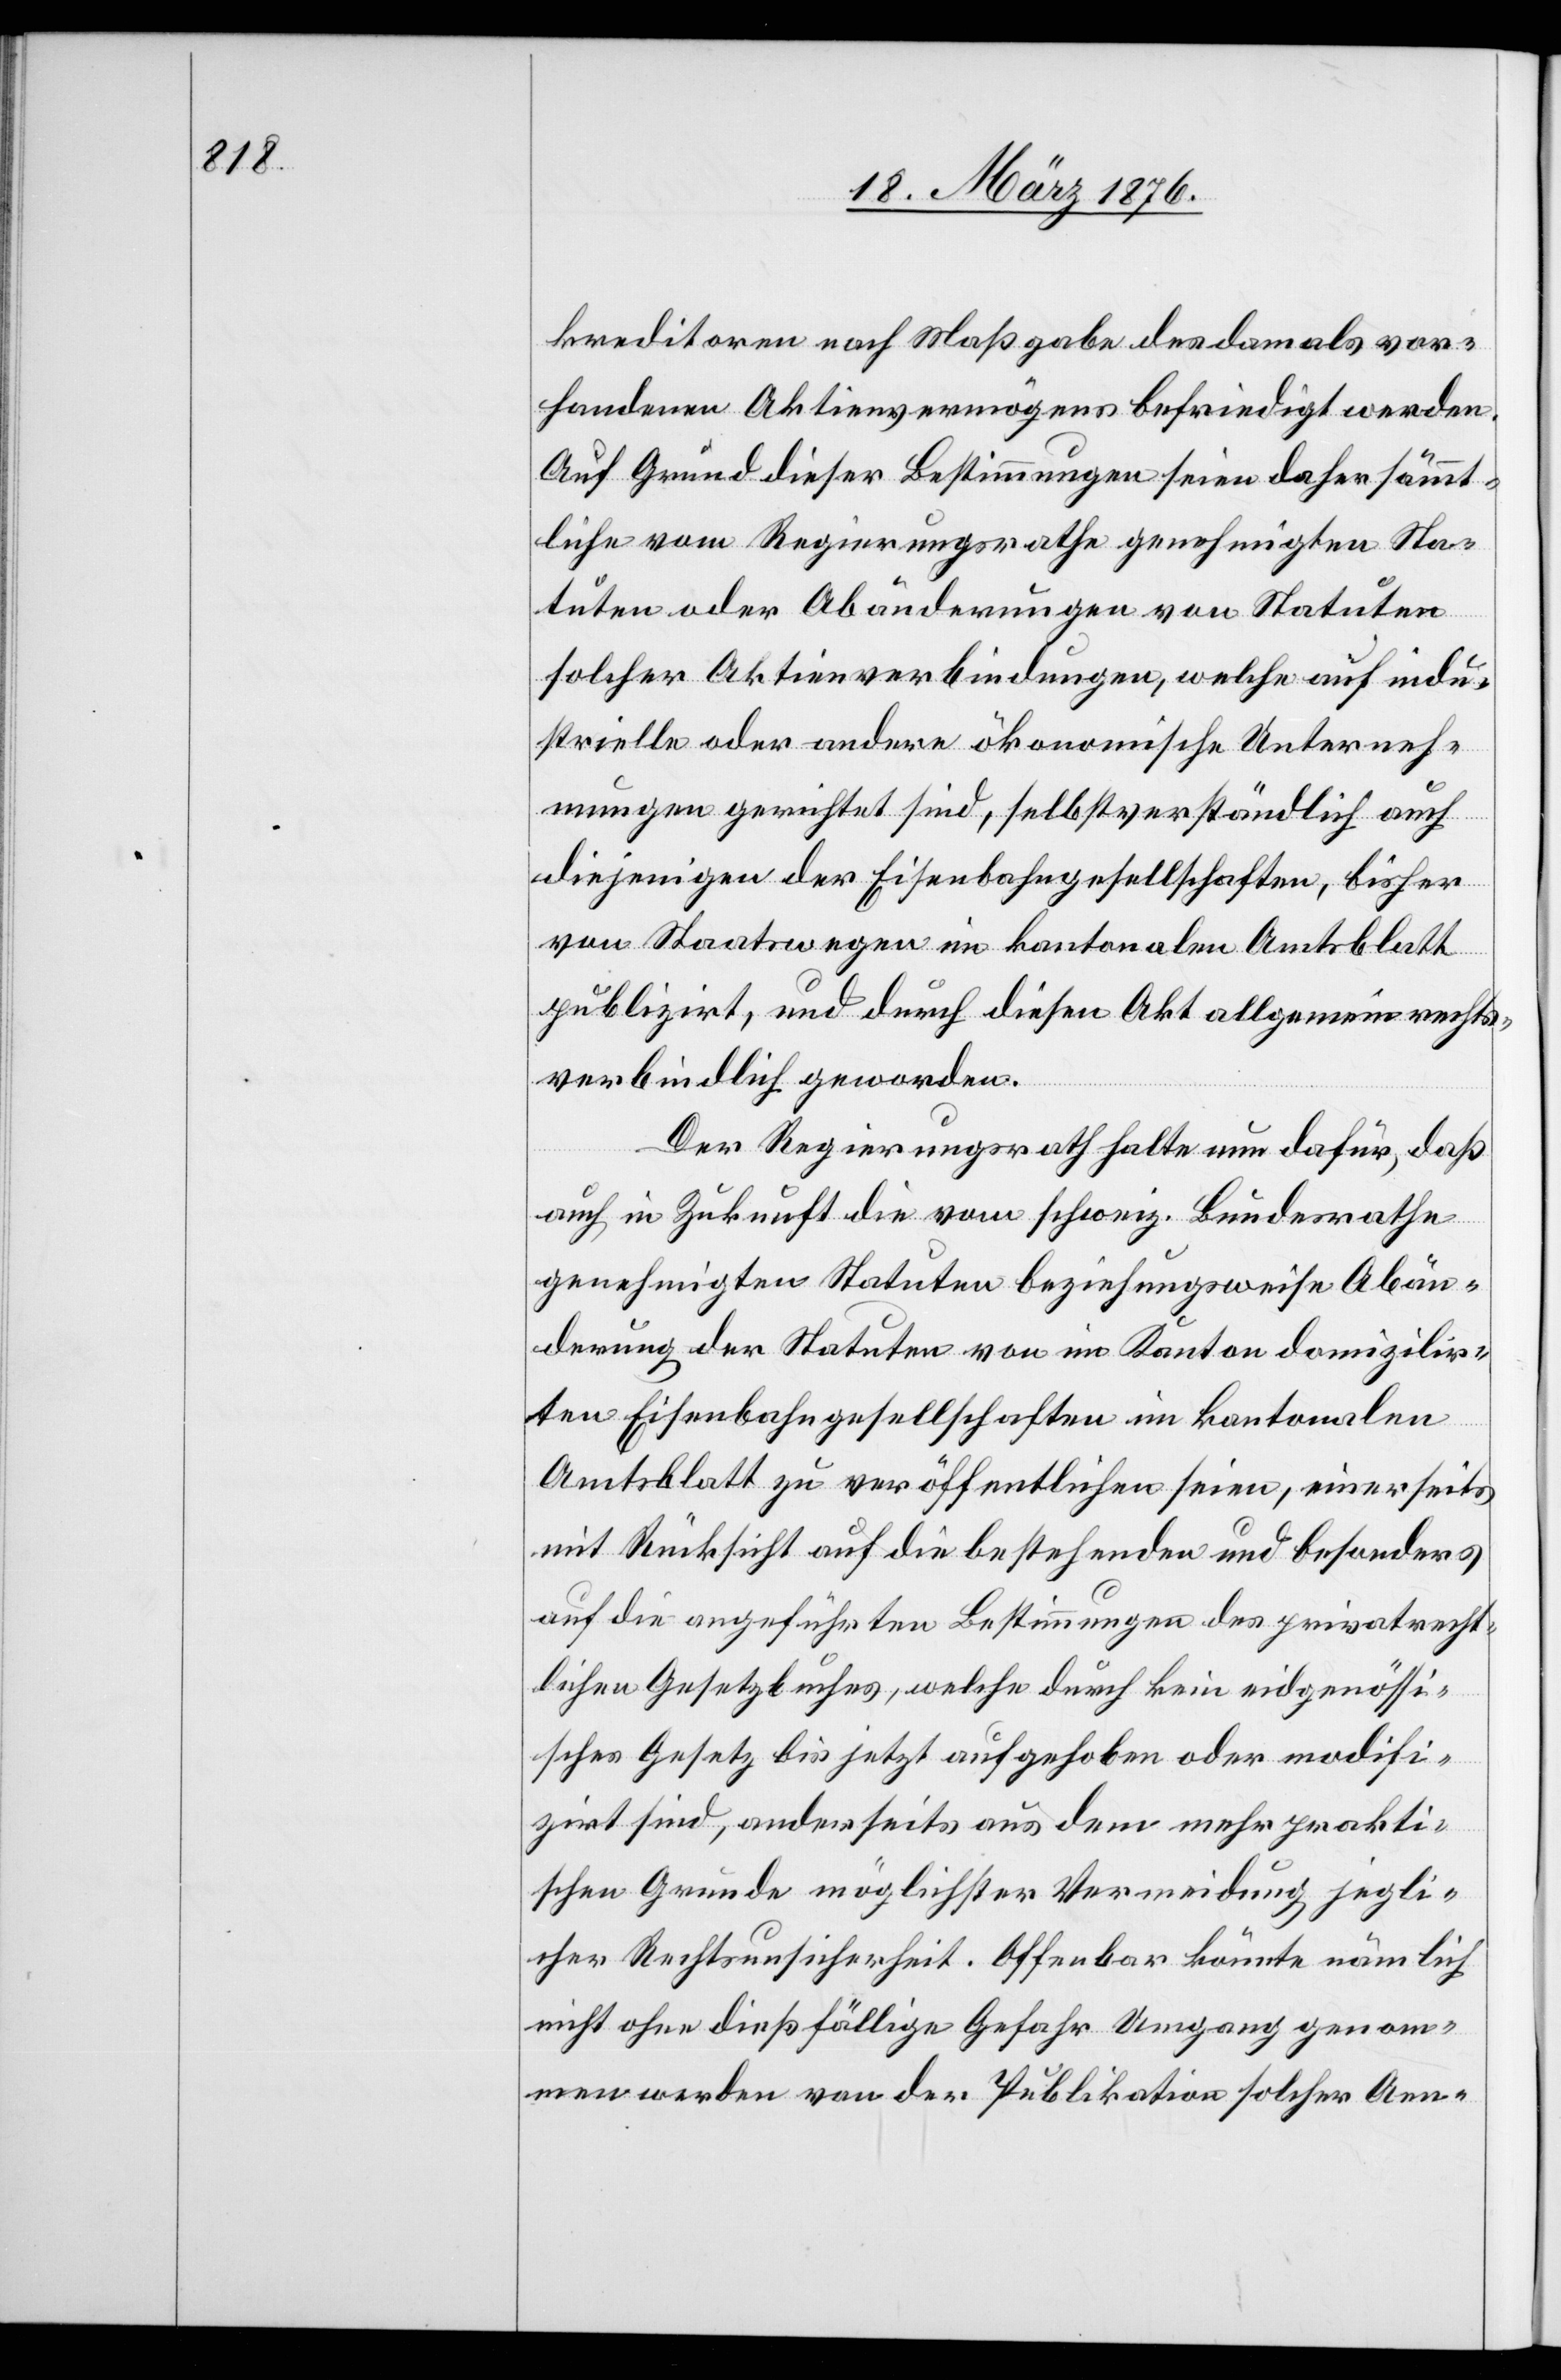
kreditoren nach Maßgabe des damals vor¬
handenen Aktienvermögens befriedigt werden.
Auf Grund dieser Bestimmungen seien daher sämmt¬
liche vom Regierungsrathe genehmigten Sta¬
tuten oder Abänderungen von Statuten
solcher Aktienverbindungen, welche auf indu¬
strielle oder andere ökonomische Unterneh¬
mungen gerichtet sind, selbstverständlich auch
diejenigen der Eisenbahngesellschaften, bisher
von Staatswegen im kantonalen Amtsblatt
publizirt, und durch diesen Akt allgemein rechts¬
verbindlich geworden.
Der Regierungsrath halte nun dafür, daß
auch in Zukunft die vom schweiz. Bundesrathe
genehmigten Statuten beziehungsweise Abän¬
derung der Statuten von im Kanton domizilir¬
ten Eisenbahngesellschaften im kantonalen
Amtsblatt zu veröffentlichen seien, einerseits
mit Rücksicht auf die bestehenden und besonders
auf die angeführten Bestimmungen des privatrecht¬
lichen Gesetzbuches, welche durch kein eidgenössi¬
sches Gesetz bis jetzt aufgehoben oder modifi¬
zirt sind, anderseits aus dem mehr prakti¬
schen Grunde möglicher Vermeidung jegli¬
cher Rechtsunsicherheit. Offenbar könnte nämlich
nicht ohne dießfällige Gefahr Umgang genom¬
men werden von der Publikation solcher Aen-